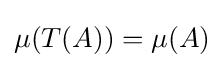
\mu (T(A))=\mu (A)